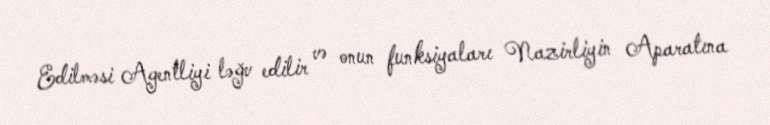
Edilməsi Agentliyi ləğv edilir və onun funksiyaları Nazirliyin Aparatına